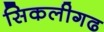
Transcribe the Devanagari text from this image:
सिकलीगढ